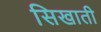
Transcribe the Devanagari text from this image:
सिखाती